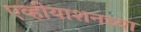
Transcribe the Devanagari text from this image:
एव्हीयाशनच्या